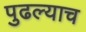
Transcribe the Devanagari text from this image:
पुढल्याच